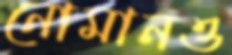
নোমানও